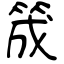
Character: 筬